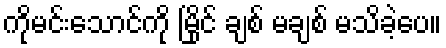
ကိုမင်းသောင်ကို မြိုင် ချစ် မချစ် မသိခဲ့ပေ။